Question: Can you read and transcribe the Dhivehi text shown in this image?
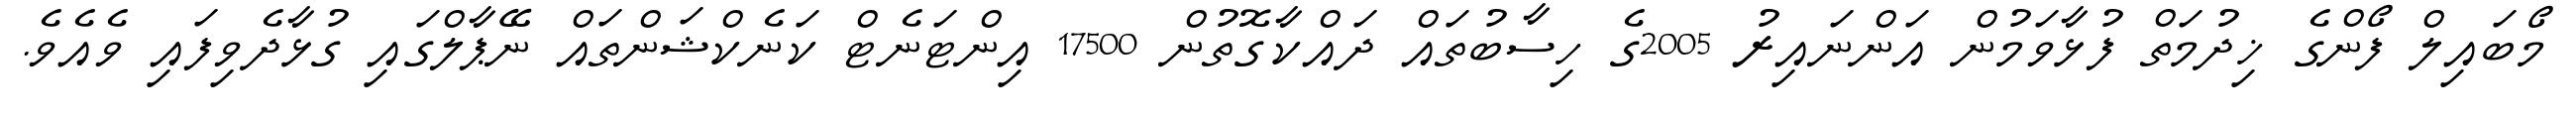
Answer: މޯބައިލް ފޯންގެ ޚިދުމަތް ފުޅާވަމުން އަންނައިރު 2005ގެ ހިސާބުތައް ދައްކާގޮތުން 17500 އިންޓަނެޓް ކަނެކްޝަންތައް ނޭޕާލްގައި ގުޅާދެވިފައި ވެއެވެ.